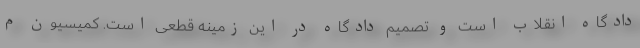
دادگاه انقلاب است و تصمیم دادگاه در این زمینه قطعی است. کمیسیون م